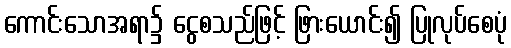
ကောင်းသောအရာ၌ ငွေစသည်ဖြင့် ဖြားယောင်း၍ ပြုလုပ်စေပုံ